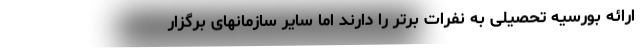
ارائه بورسیه تحصیلی به نفرات برتر را دارند اما سایر سازمانهای برگزار